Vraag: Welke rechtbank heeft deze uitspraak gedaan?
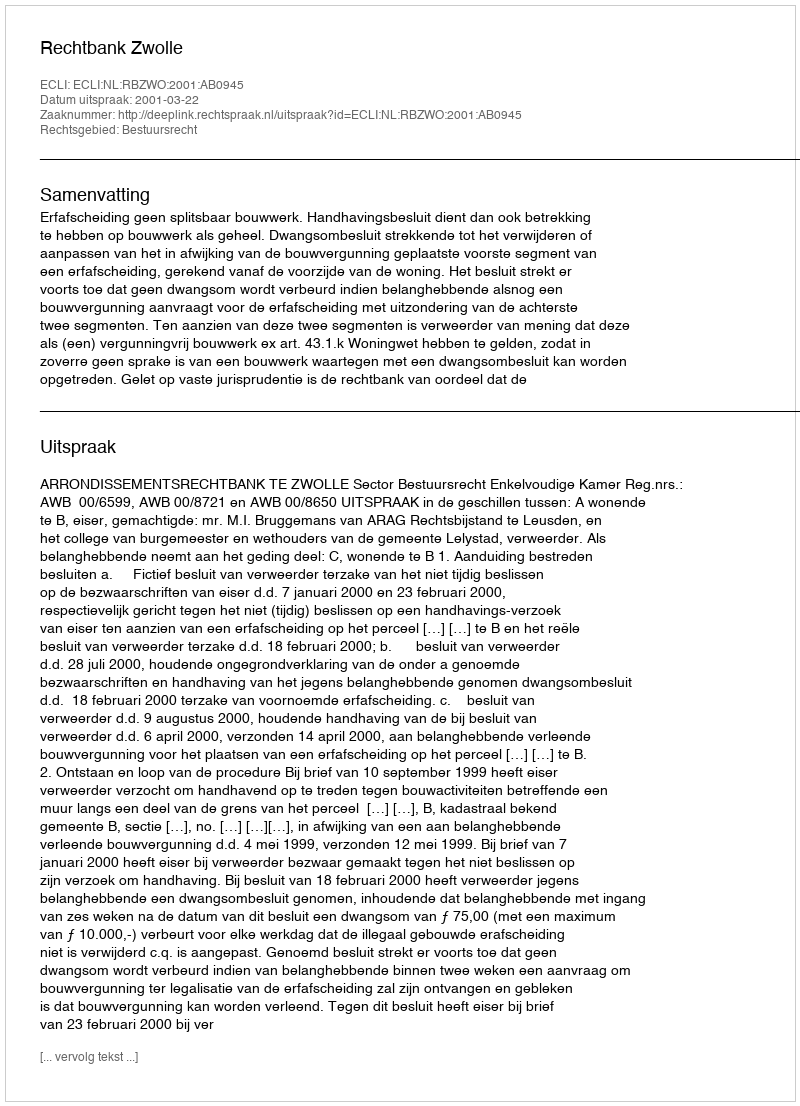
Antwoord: Rechtbank Zwolle